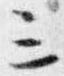
三